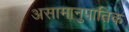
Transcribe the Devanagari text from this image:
असामानुपातिक